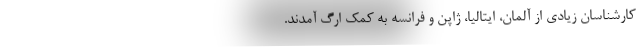
کارشناسان زیادی از آلمان، ایتالیا، ژاپن و فرانسه به کمک ارگ آمدند.